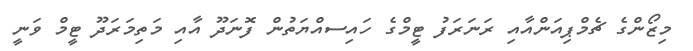
މިޒޯންގެ ޗެމްޕިއަންއާއި ރަނަރަފު ޓީމްގެ ހައިސއްޔަތުން ފޮނަދޫ އާއި މަތިމަރަދޫ ޓީމް ވަނީ